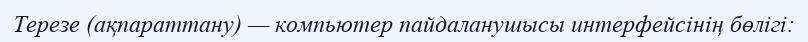
Терезе (ақпараттану) — компьютер пайдаланушысы интерфейсінің бөлігі: